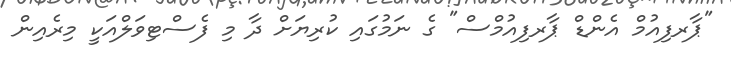
"ޕާރފިއުމް އެންޑް ޕާރފިއުމްސް" ގެ ނަމުގައި ކުރިޔަށް ދާ މި ފެސްޓިވަލްއަކީ މިރެއިން